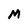
Character: M